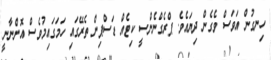
ހިނގުން އަވަސް ވެގެން ދިޔައެވެ. ޕްރެގްނެންސީ ކިޓެއް ޑަސްޕިން ތެރޭގައި ހަމަގައިމުވެސް އޮންނާނީ